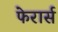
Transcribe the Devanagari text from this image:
फेरार्स